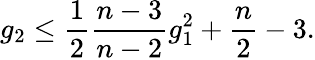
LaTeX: g_{2}\leq{\frac{1}{2}}{\frac{n-3}{n-2}}g_{1}^{2}+{\frac{n}{2}}-3.